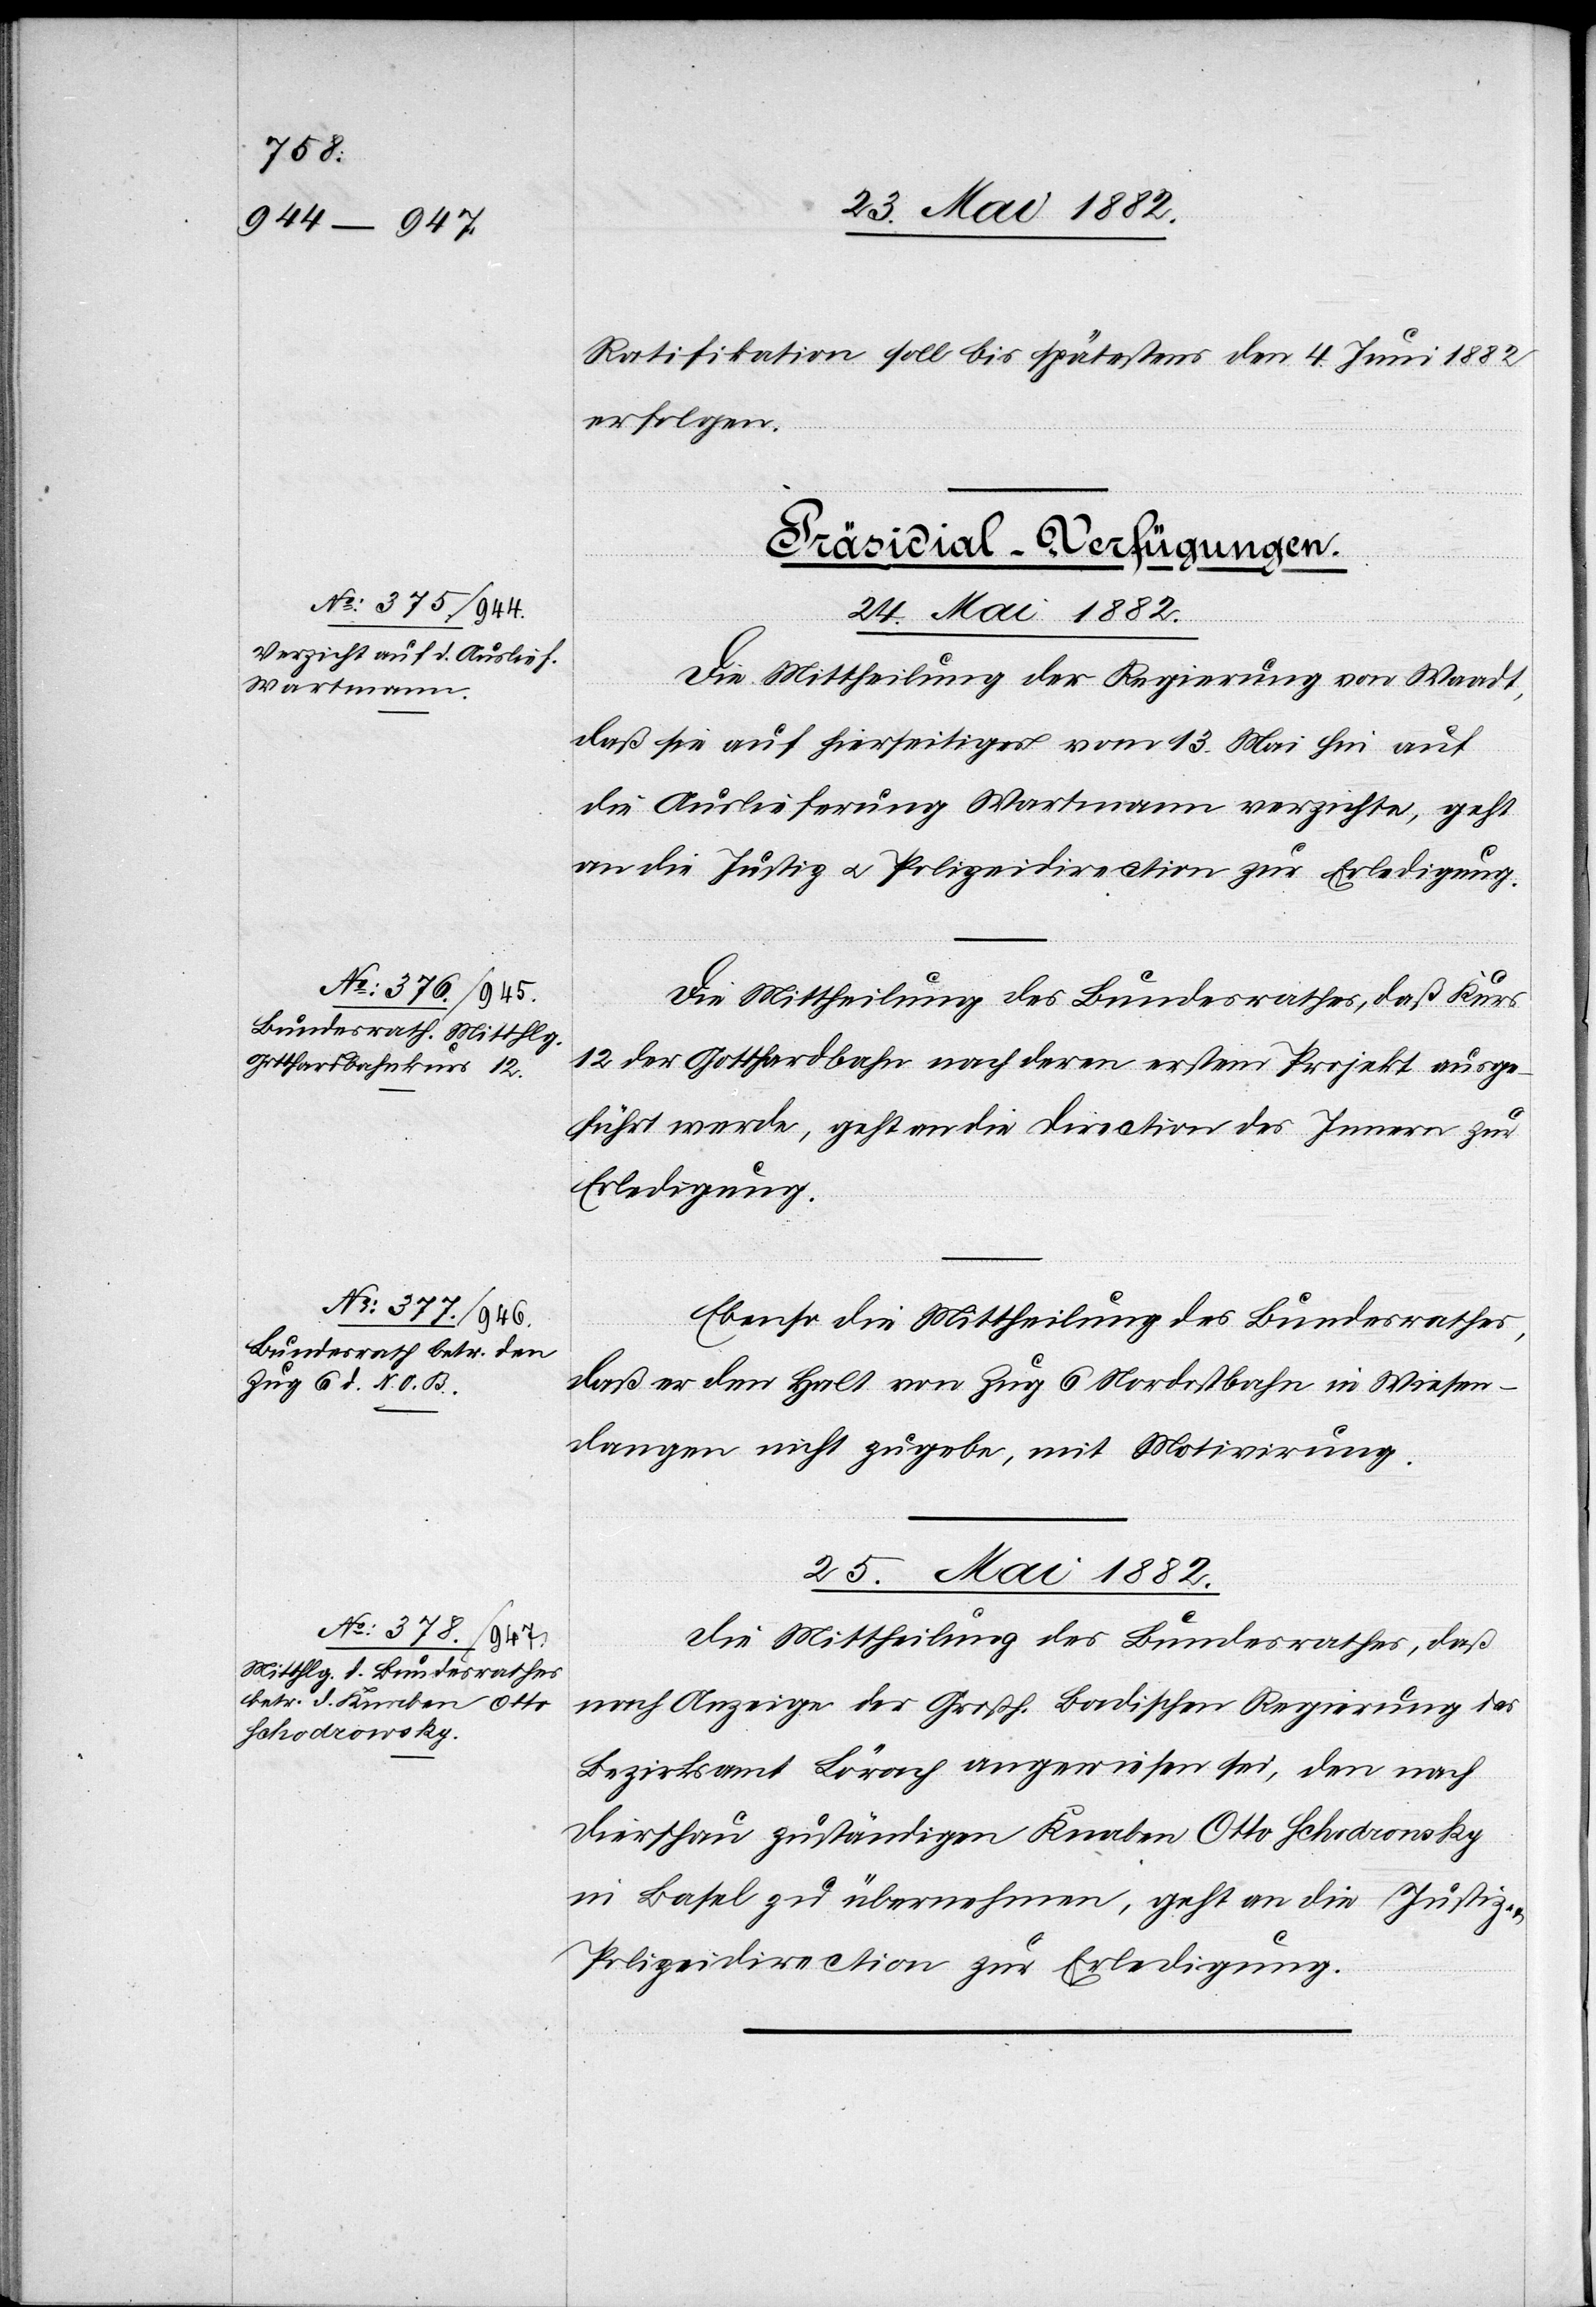
Ratifikation soll bis spätestens 4. Juni 1882
erfolgen.
[Präsidial-Verfügungen.]
24. Mai 1882.]
Die Mittheilung der Regierung von Waadt,
daß sie auf hierseitiges vom 13. Mai hin auf
die Auslieferung Wartmann verzichte, geht
an die Justiz[-] u. Polizeidirection zur Erledigung.
Die Mittheilung des Bundesrathes, daß Kurs
12 der Gotthardbahn nach deren erstem Projekt ausge¬
führt werde, geht an die Direction des Innern zur
Erledigung.
Ebenso die Mittheilung des Bundesrathes,
daß er den Halt von Zug 6 Nordostban in Wiesen¬
dangen nicht zugebe, mit Motivirung.
25. Mai 1882.
Die Mittheilung des Bundesrathes, daß
nach Anzeige der Großh. Badischen Regierung das
Bezirksamt Lörach [sic!] angewiesen sei, den nach
Dierschau zuständigen Knaben Otto Schodronsky
in Basel zu übernehmen, geht an die Justiz-
Polizeidirection zur Erledigung.